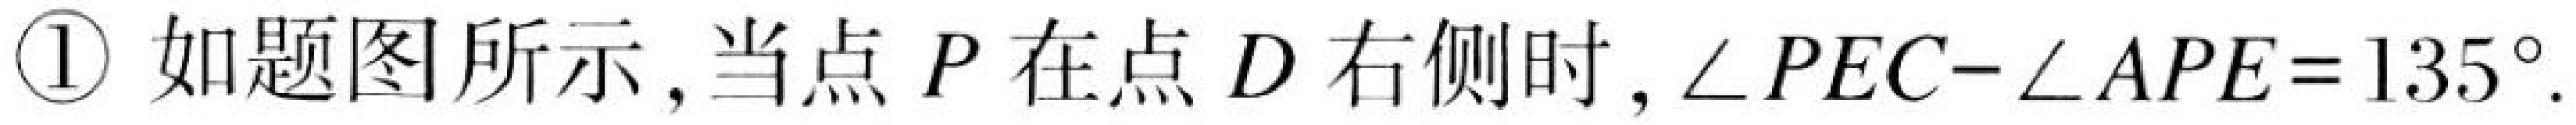
\textcircled{1} 如题图所示,当点 \(P\) 在点 \(D\) 右侧时,\(\angle PEC - \angle APE=135^{\circ}\).